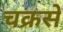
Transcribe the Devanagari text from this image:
चक्रसे